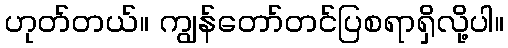
ဟုတ်တယ်။ ကျွန်တော်တင်ပြစရာရှိလို့ပါ။